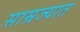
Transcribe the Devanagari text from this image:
साम्रज्यात